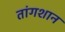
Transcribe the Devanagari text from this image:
तांगशान